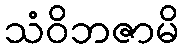
သံဝိဘဇာမိ